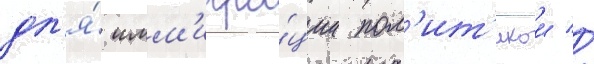
дл'я́ имм'игра́ции пол'ит'икои //